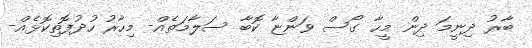
ބާރު ދިނީމަ ދިން މީީހާ ގޯސް ވަންޏާ ކޮބާ ސަލާމަތެއް- މިހާރު ހުދުފޮތިކޮޅެއް-